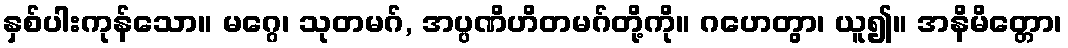
နှစ်ပါးကုန်သော။ မဂ္ဂေ၊ သုတမဂ်, အပ္ပဏိဟိတမဂ်တို့ကို။ ဂဟေတွာ၊ ယူ၍။ အနိမိတ္တော၊